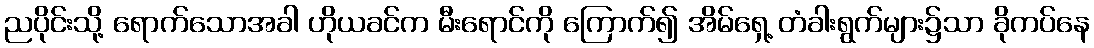
ညပိုင်းသို့ ရောက်သောအခါ ဟိုယခင်က မီးရောင်ကို ကြောက်၍ အိမ်ရှေ့ တံခါးရွက်များ၌သာ ခိုကပ်နေ